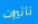
تأثيرات